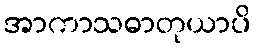
အာကာသဓာတုယာပိ